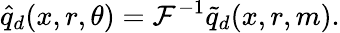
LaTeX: \hat{q}_{d}(x,r,\theta)=\mathcal{F}^{-1}\tilde{q}_{d}(x,r,m).